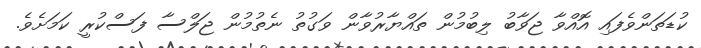
ކުޑަތަންވެފައި އޮއްވާ ޖަވާބު ލިބުމުން ތައްޔާރުވާން ވަގުތު ނެތުމުން ޖަލްސާ ފަސްކުރީ ކަމަށެވެ.